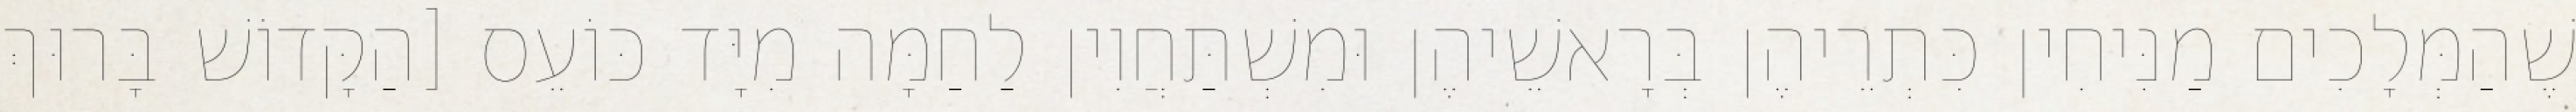
שֶׁהַמְּלָכִים מַנִּיחִין כִּתְרֵיהֶן בְּרָאשֵׁיהֶן וּמִשְׁתַּחֲוִין לַחַמָּה מִיָּד כּוֹעֵס [הַקָּדוֹשׁ בָּרוּךְ